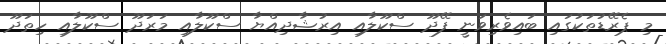
މި ޕެރޭޑުތަކުގައި ބައިވެރިވަނީ ފޭދޫ ސްކޫލާއި އިރުޝާދިއްޔާ ސްކޫލާއި މަރަދޫ ސްކޫލާއި ހިތަދޫ